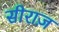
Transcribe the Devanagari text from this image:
सीराज़